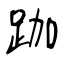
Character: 跏